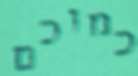
כמוכם